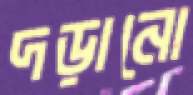
দড়ানো